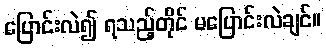
ပြောင်းလဲ၍ ရသည့်တိုင် မပြောင်းလဲချင်။